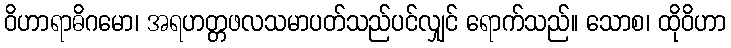
ဝိဟာရာဓိဂမော၊ အရဟတ္တဖလသမာပတ်သည်ပင်လျှင် ရောက်သည်။ သောစ၊ ထိုဝိဟာ